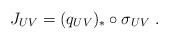
LaTeX: \begin{align*}J_{UV}= (q_{UV})_*\circ \sigma_{UV}\ .\end{align*}